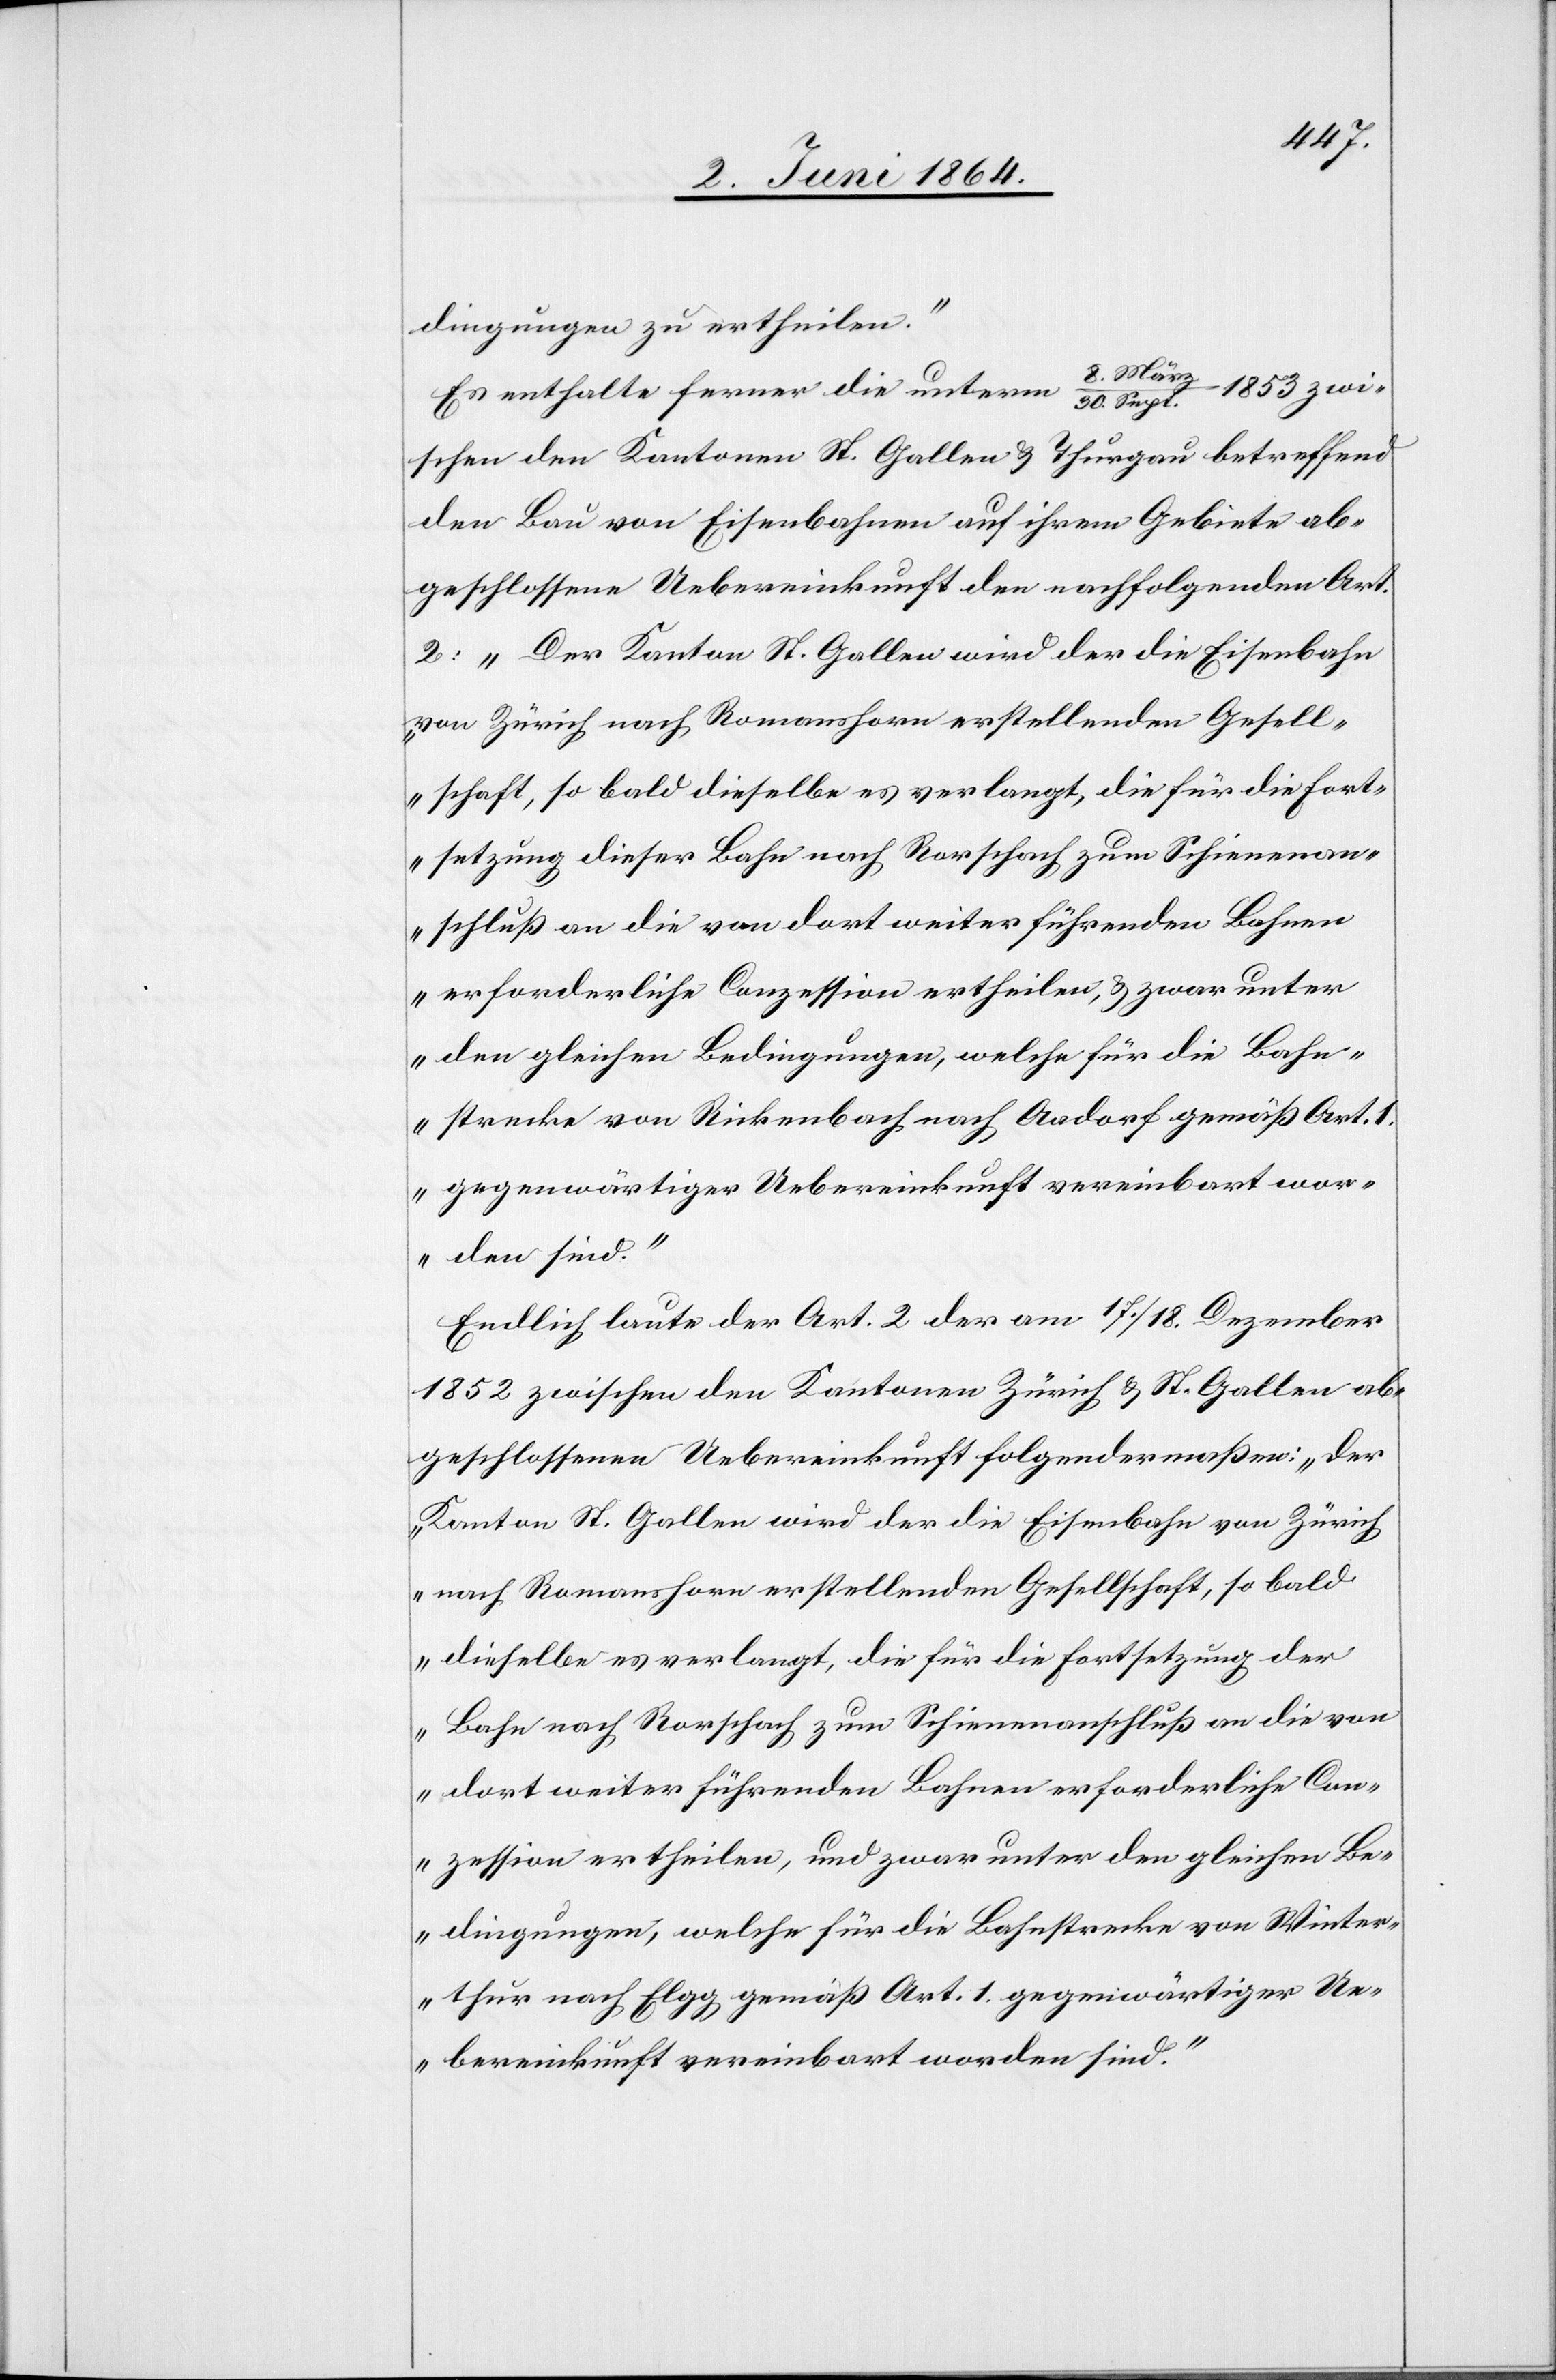
dingungen zu ertheilen.“
8. Mär¬
z/30. Sept. 1853 zwi¬
Es enthalte ferner die unterm
schen den Kantonen St. Gallen u. Thurgau betreffend
den Bau von Eisenbahnen auf ihrem Gebiete ab¬
geschlossene Uebereinkunft den nachfolgenden Art.
2: „Der Kanton St. Gallen wird der die Eisenbahn
von Zürich nach Romanshorn erstellenden Gesell¬
schaft, so bald dieselbe es verlangt, die für die Fort¬
setzung dieser Bahn nach Rorschach zum Schienenan¬
schluß an die von dort weiter führenden Bahnen
erforderliche Conzession ertheilen, u. zwar unter
den gleichen Bedingungen, welche für die Bahn¬
strecke von Rickenbach nach Aadorf gemäß Art. 1
gegenwärtiger Uebereinkunft vereinbart wor¬
den sind.“
Endlich laute der Art. 2 der am 17./18. Dezember
1852 zwischen den Kantonen Zürich u. St. Gallen ab¬
geschlossenen Uebereinkunft folgendermaßen: „Der
Kanton St. Gallen wird der die Eisenbahn von Zürich
nach Romanshorn erstellenden Gesellschaft so bald
dieselbe es verlangt, die für die Fortsetzung der
Bahn nach Rorschach zum Schienenanschluß an die von
dort weiter führenden Bahnen erforderliche Con¬
zession ertheilen, und zwar unter den gleichen Be¬
dingungen, welche für die Bahnstrecke von Winter¬
thur nach Elgg gemäß Art. 1 gegenwärtiger Ue¬
bereinkunft vereinbart worden sind.“